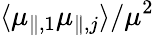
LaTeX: \langle\mu_{\parallel,1}\mu_{\parallel,j}\rangle/\mu^{2}